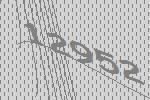
12952